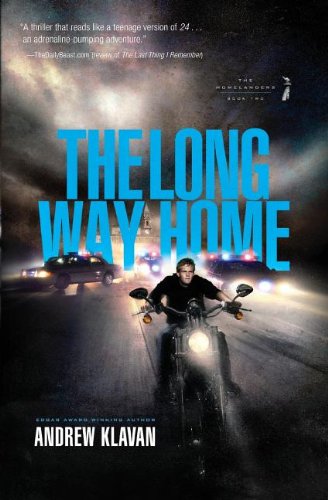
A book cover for The Long Way Home (The Homelanders); Andrew Klavan; Sports & Outdoors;